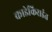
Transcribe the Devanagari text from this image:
काडेकिराईत